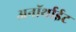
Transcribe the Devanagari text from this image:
अनॉर्थाईट